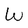
Character: W